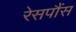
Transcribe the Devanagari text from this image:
रेसपौंस